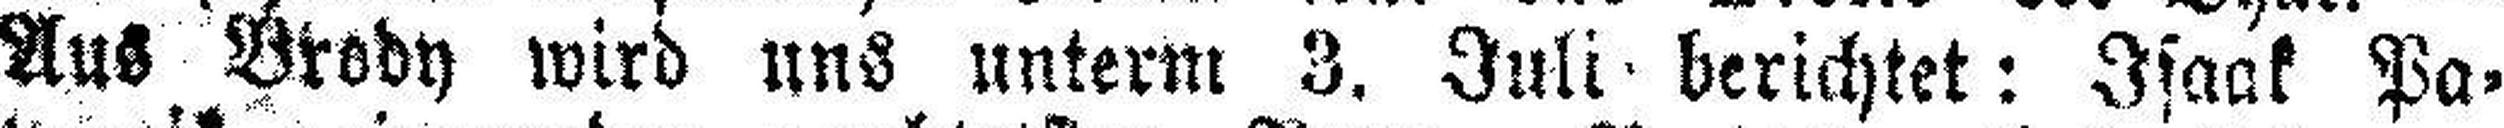
Aus Brody wird uns unterm 3. Juli berichtet: Isaak Pa¬